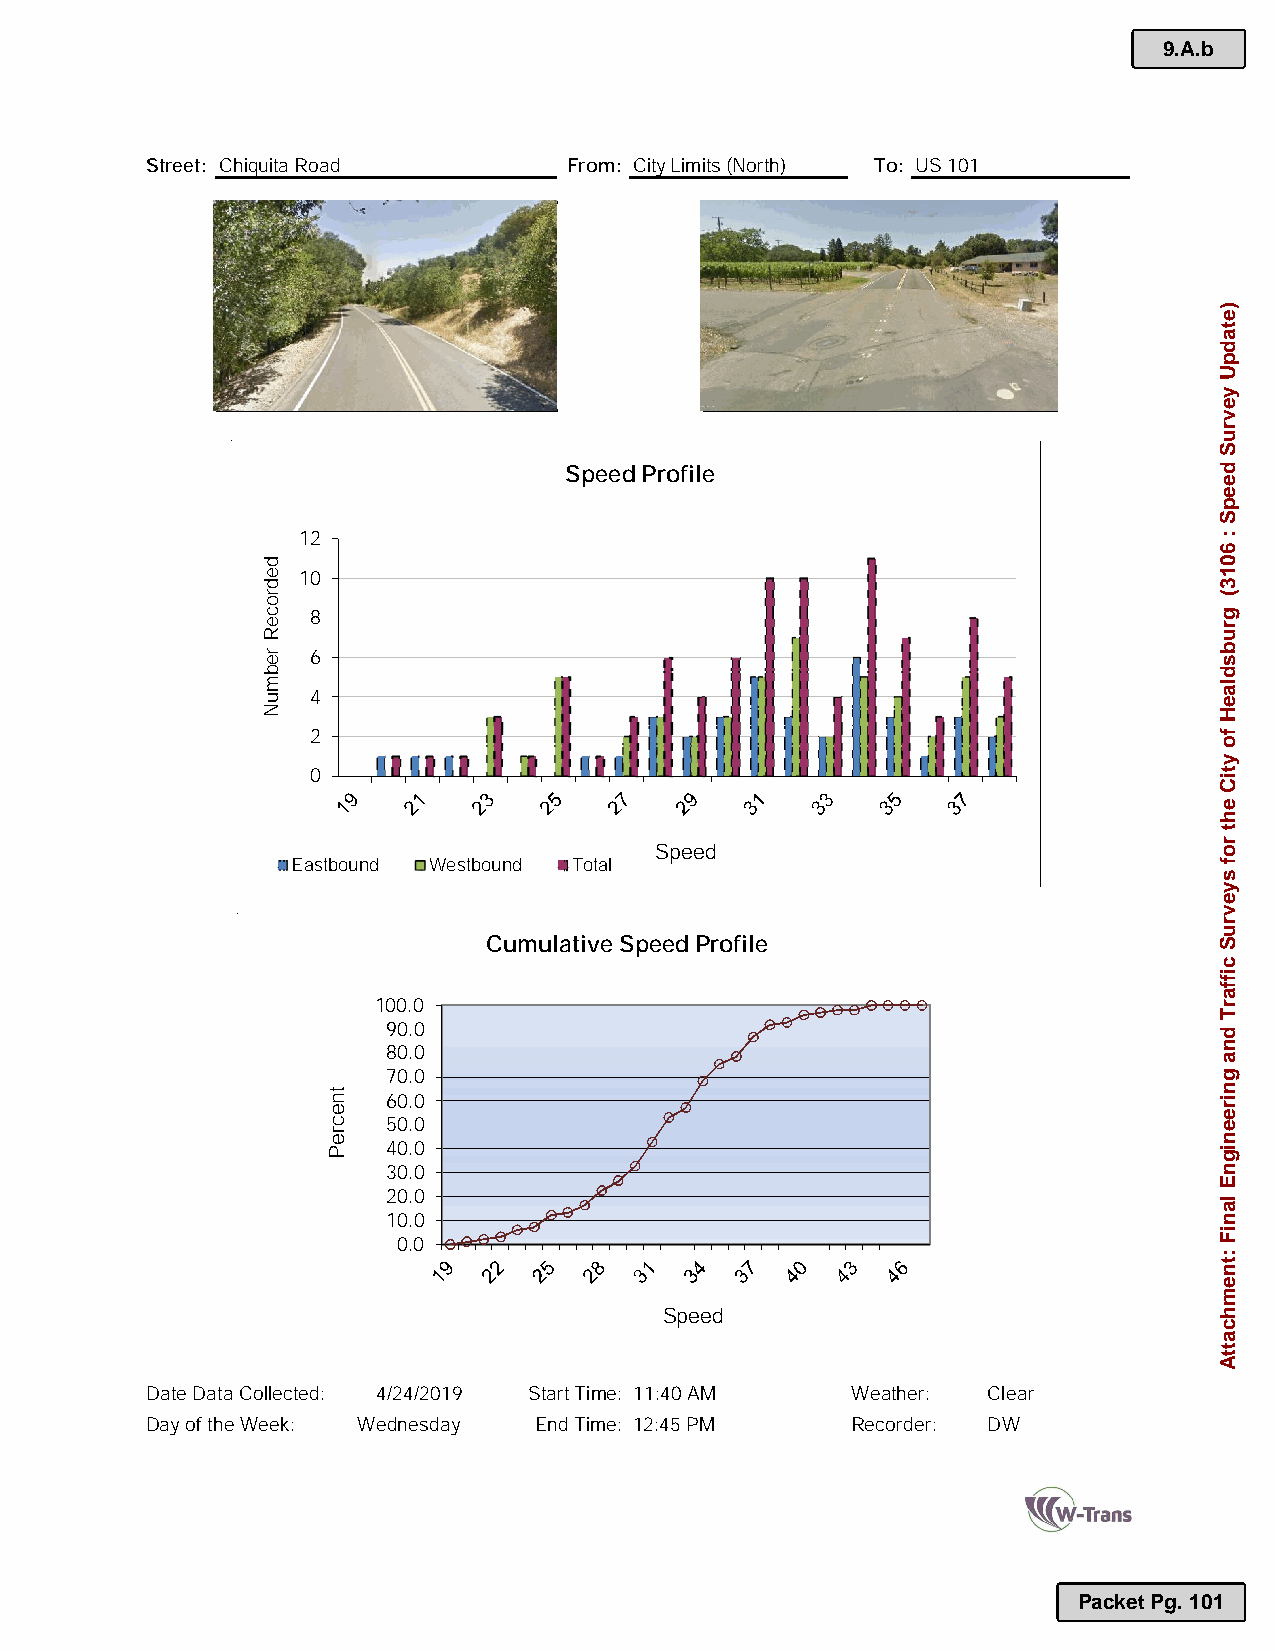
9.A.b
 Street: Chiquita Road       From: CityLimits (North) To: US 101
 PHOTO                            PHOTO
 Speed Profile
 12
 10
 8
 6
 4
 2
 0
 Speed
 Eastbound Westbound Total
 Cumulative Speed Profile
 100.0
 90.0
 80.0
 70.0
 60.0
 50.0
 40.0
 30.0
 20.0
 10.0
 0.0
 Speed
 Date Data Collected: 4/24/2019 Start Time: 11:40 AM Weather: Clear
 Day of the Week: Wednesday End Time: 12:45 PM Recorder: DW
 Packet Pg. 101
 dedroceR
 rebmuN
 tnecreP
 )etadpU
 yevruS
 deepS
 :
 6013(
 grubsdlaeH
 fo
 ytiC
 eht
 rof
 syevruS
 ciffarT
 dna
 gnireenignE
 laniF
 :tnemhcattA